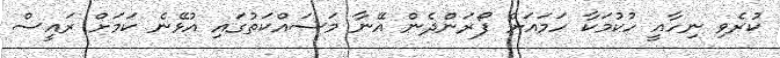
ކުރެވި ނިހާއީ ހުކުމަކާ ހަމައަށް ފޯރަންދެން އޭނާ މަސައްކަތުގައި އުޅޭނެ ކަަމަށް ރައީސް